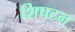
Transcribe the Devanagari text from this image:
शिपटन